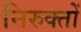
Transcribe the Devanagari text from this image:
निरुक्तों